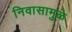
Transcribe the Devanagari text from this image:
निवासामुळे